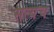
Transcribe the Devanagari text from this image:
सत्यच